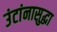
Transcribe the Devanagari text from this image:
उंटांनासुद्धा